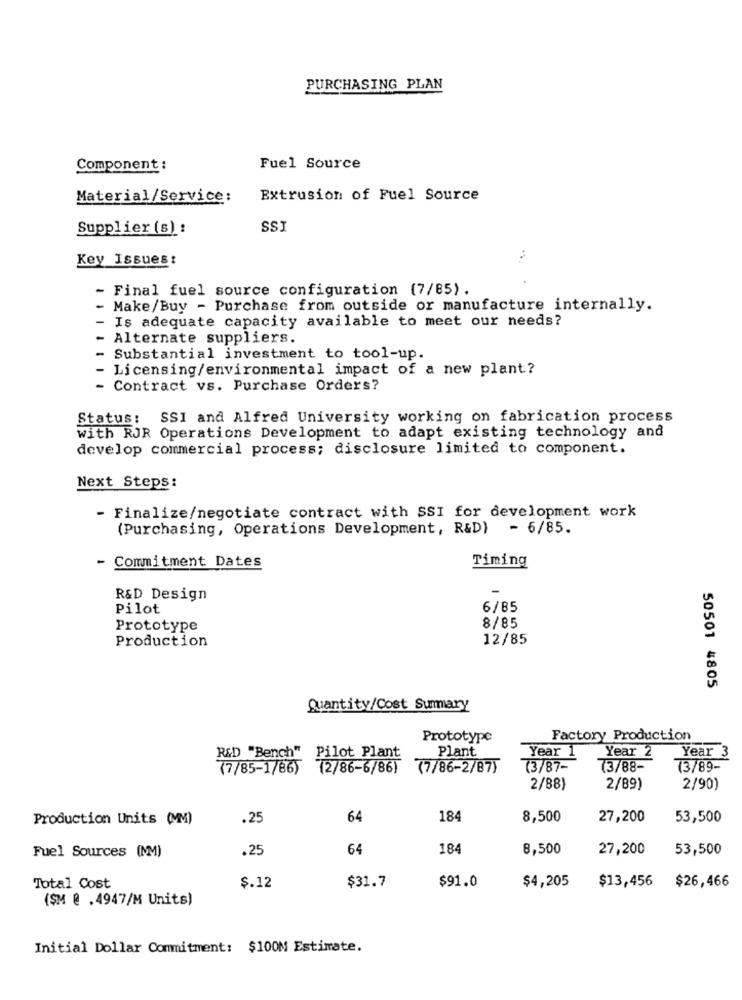
PURCHASING PLAN
Component :
Fuel Source
Material/Service:
Extrusion of Fuel Source
Supplier (s) :
SSI
Key Issues:
- Final fuel source configuration (7/85).
- Make/Buy - Purchase from outside or manufacture internally.
- Is adequate capacity available to meet our needs?
- Alternate suppliers.
Substantial investment to tool-up.
Licensing/environmental impact of a new plant?
- Contract vs. Purchase Orders?
Status: SSI and Alfred University working on fabrication process
with RJR Operations Development to adapt existing technology and
develop commercial process; disclosure limited to component.
Next Steps:
- Finalize/negotiate contract with SSI for development work
(Purchasing, Operations Development, R&D) - 6/85.
- Commitment Dates
Timing
R&D Design
Pilot
6/85
Prototype
8/85
Production
12/85
50501 4805
Quantity/Cost Summary
Prototype
Factory Production
Plant
Year 1
Year 2
Year 3
R&D "Bench" Pilot Plant
77/85-1/86)
(2/86-6/86)
(7/86-2/87)
(3/87-
(3/88-
(3/89-
2/88)
2/89)
2/90)
Production Units (MM)
.25
64
184
8,500
27,200
53,500
Fuel Sources (NM)
.25
64
184
8,500
27,200
53,500
$31.7
$4,205
$26,466
Total Cost
$.12
$91.0
$13,456
($M @ .4947/M Units)
Initial Dollar Commitment: $100M Estimate.